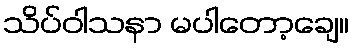
သိပ်ဝါသနာ မပါတော့ချေ။